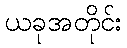
ယခုအတိုင်း